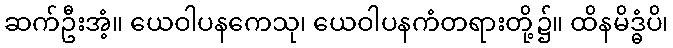
ဆက်ဦးအံ့။ ယေဝါပနကေသု၊ ယေဝါပနကံတရားတို့၌။ ထိနမိဒ္ဓံပိ၊